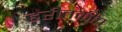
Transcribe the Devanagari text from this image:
हरीतकीच